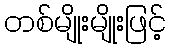
တစ်မျိုးမျိုးဖြင့်